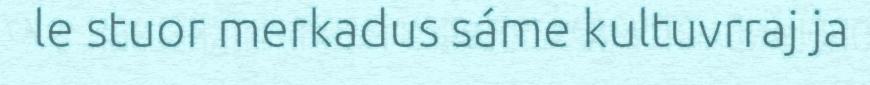
le stuor merkadus sáme kultuvrraj ja